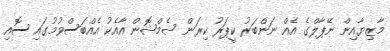
މާޒިޔާއިން ނޭޕާލްގެ އެއް ނަންބަރު ކީޕަރު ކިރަން ޝެމްޝޮން އާއެކު އެއްބަސްވުމުގައި ސޮއި